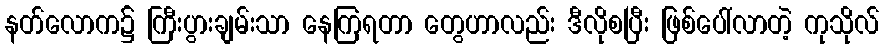
နတ်လောက၌ ကြီးပွားချမ်းသာ နေကြရတာ တွေဟာလည်း ဒီလိုစပြီး ဖြစ်ပေါ်လာတဲ့ ကုသိုလ်